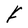
Character: F